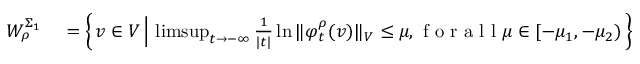
\begin{array} { r l } { W _ { \rho } ^ { \Sigma _ { 1 } } } & { { } = \left\{ \, v \in V \, \Big \vert \, \operatorname* { l i m s u p } _ { t \to - \infty } \frac { 1 } { | t | } \ln { \Vert \varphi _ { t } ^ { \rho } ( v ) \Vert _ { V } } \leq \mu , \mathrm { ~ f ~ o ~ r ~ a ~ l ~ l ~ } \mu \in [ - \mu _ { 1 } , - \mu _ { 2 } ) \, \right\} } \end{array}